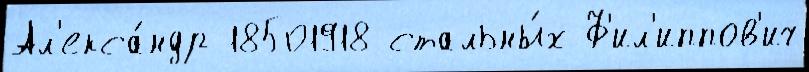
Ал'екса́ндр 18501918 стальны́х Ф'ил'иппов'ич